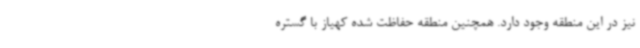
نیز در این منطقه وجود دارد. ‌همچنین منطقه حفاظت شده کهیاز با گستره